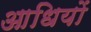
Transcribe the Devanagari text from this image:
आधियों